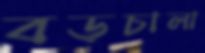
বড়চালা